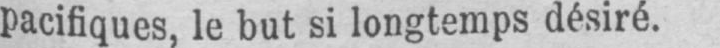
pacifiques, le but si longtemps désiré.